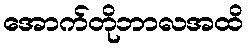
အောက်တိုဘာလအထိ